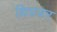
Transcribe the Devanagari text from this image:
थ्रिप्रयर